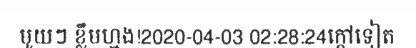
មួយៗ ខ្លឹមហ្មង!2020-04-03 02:28:24ក្តៅទៀត